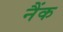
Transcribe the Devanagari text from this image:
नैंक